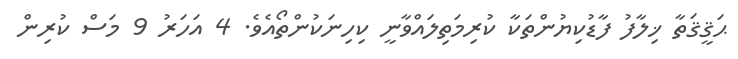
ޙަޤީޤަތާ ޚިލާފު ފާޑުކިޔުންތަކާ ކުރިމަތިލައްވާނީ ކިހިނަކުންތޯއެވެ. 4 އަހަރު 9 މަސް ކުރިން